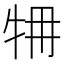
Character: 𤙉